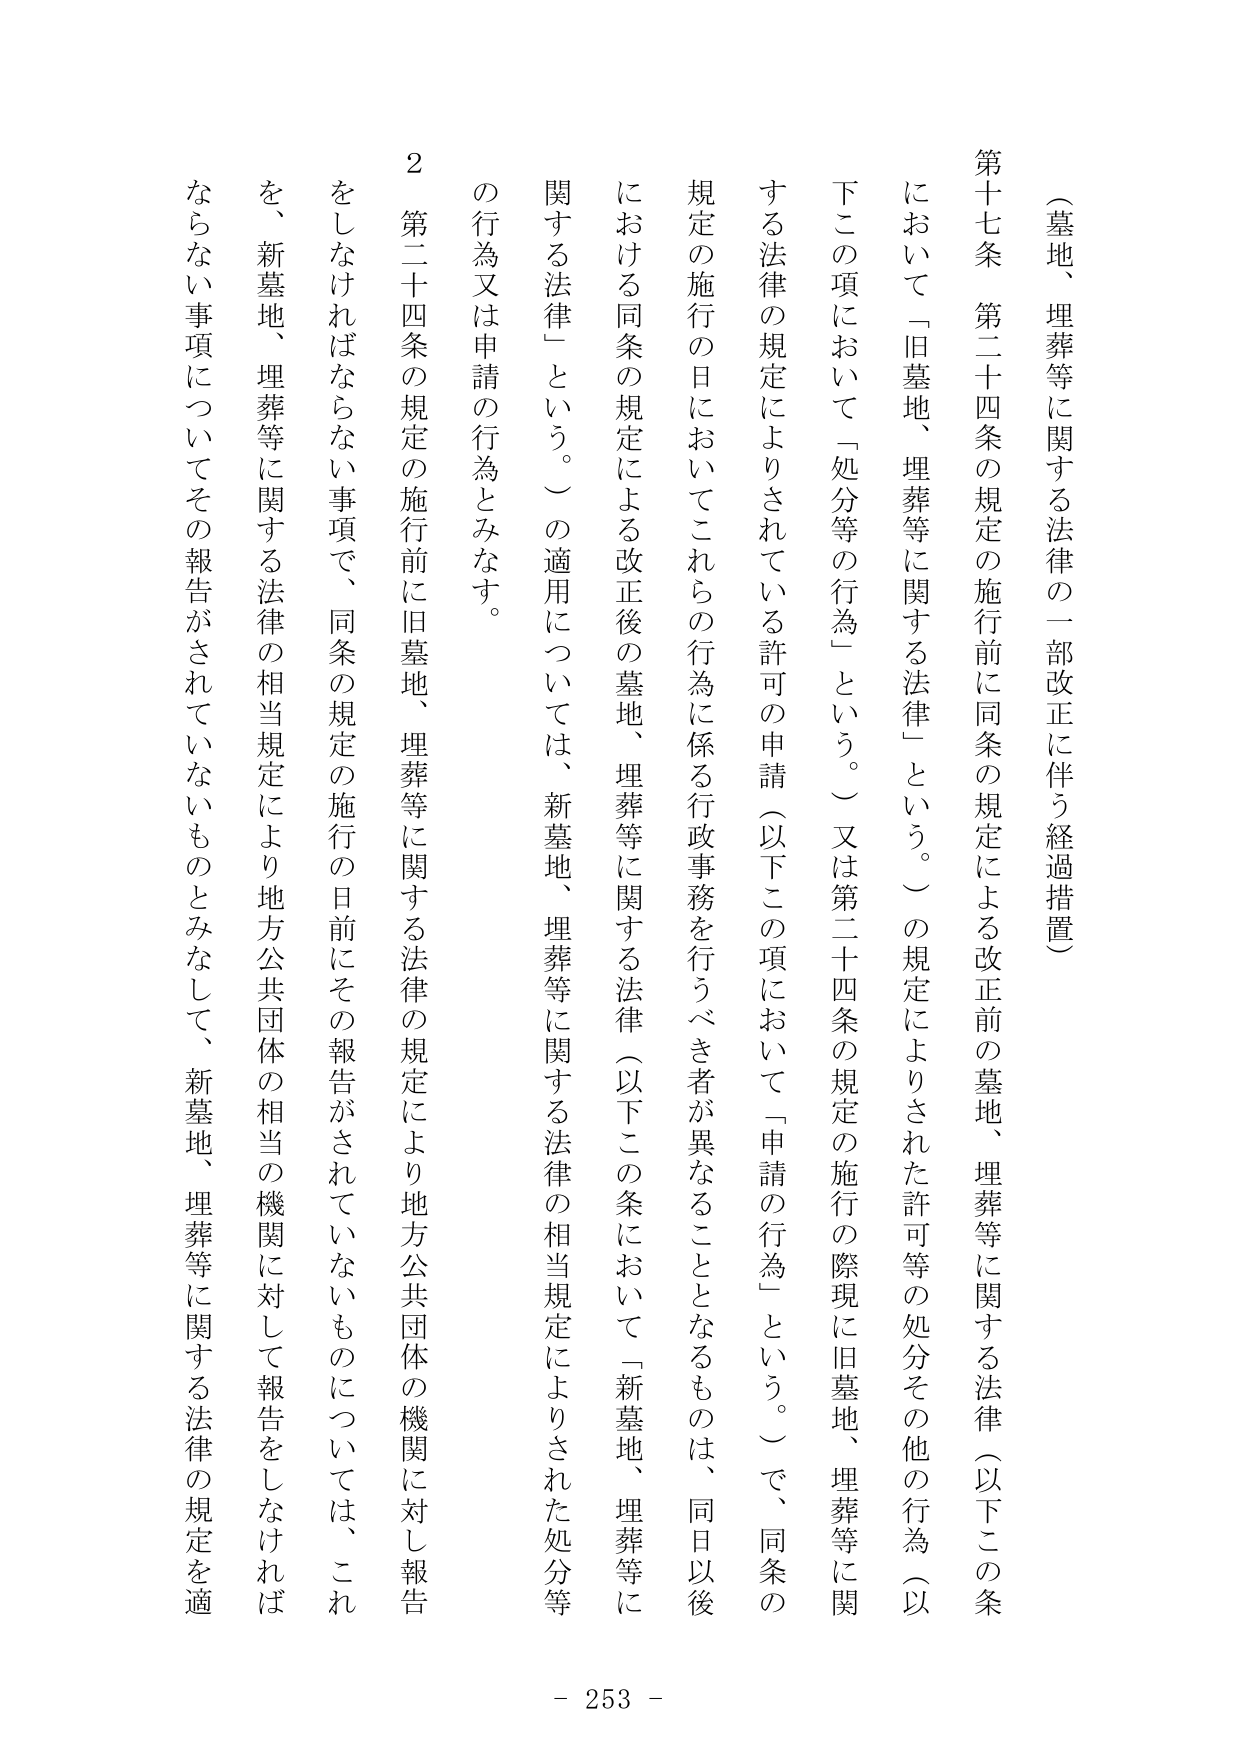
（墓地、埋葬等に関する法律の一部改正に伴う経過措置）

第十七条　第二十四条の規定の施行前に同条の規定による改正前の墓地、埋葬等に関する法律（以下この条において「旧墓地、埋葬等に関する法律」という。）の規定によりされた許可等の処分その他の行為（以下この項において「処分等の行為」という。）又は第二十四条の規定の施行の際現に旧墓地、埋葬等に関する法律の規定によりされている許可の申請（以下この項において「申請の行為」という。）で、同条の規定の施行の日においてこれらの行為に係る行政事務を行うべき者が異なることとなるものは、同日以後における同条の規定による改正後の墓地、埋葬等に関する法律（以下この条において「新墓地、埋葬等に関する法律」という。）の適用については、新墓地、埋葬等に関する法律の相当規定によりされた処分等の行為又は申請の行為とみなす。

２　第二十四条の規定の施行前に旧墓地、埋葬等に関する法律の規定により地方公共団体の機関に対し報告をしなければならない事項で、同条の規定の施行の日前にその報告がされていないものについては、これを、新墓地、埋葬等に関する法律の相当規定により地方公共団体の相当の機関に対して報告をしなければならない事項についてその報告がされていないものとみなして、新墓地、埋葬等に関する法律の規定を適

- 253 -